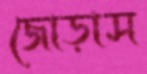
জোড়াস